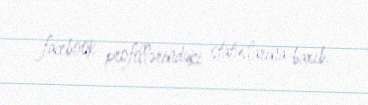
facebook profillərindəki statuslarına baxıb.